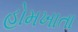
હોમખાતા